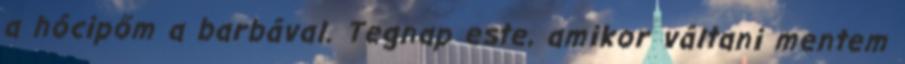
a hócipőm a barbával. Tegnap este, amikor váltani mentem